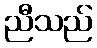
ညီသည်